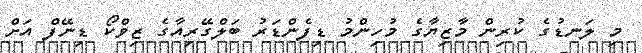
މި ލަނޑުގެ ކުރިން މާޒިޔާގެ މުހިންމު ޑިފެންޑަރު ބަލްގޭރިއާގެ ޒިވްކޯ ޑިނޭފް އަށް